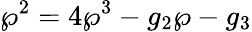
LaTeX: \wp^{2}=4\wp^{3}-g_{2}\wp-g_{3}